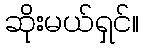
ဆိုးမယ်ရှင်။